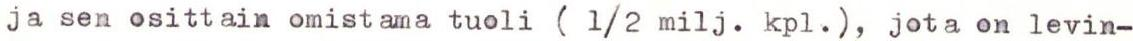
ja sen osittain omistama tuoli ( 1/2 milj. kpl.), jota on levin-